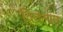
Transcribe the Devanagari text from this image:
वितलाय